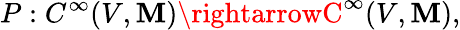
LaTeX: P:C^{\infty}(V,\mathbf{M})\rightarrowC^{\infty}(V,\mathbf{M}),